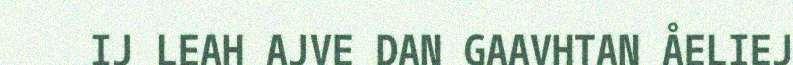
IJ LEAH AJVE DAN GAAVHTAN ÅELIEJ